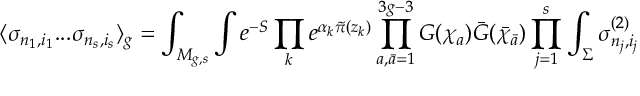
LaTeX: \langle \sigma _ { n _ { 1 } , i _ { 1 } } . . . \sigma _ { n _ { s } , i _ { s } } \rangle _ { g } = \int _ { { \cal M } _ { g , s } } \int e ^ { - S } \prod _ { k } e ^ { \alpha _ { k } { \tilde { \pi } } ( z _ { k } ) } \prod _ { a , { \bar { a } } = 1 } ^ { 3 g - 3 } G ( \chi _ { a } ) { \bar { G } } ( { \bar { \chi } } _ { \bar { a } } ) \prod _ { j = 1 } ^ { s } \int _ { \Sigma } \sigma _ { n _ { j } , i _ { j } } ^ { ( 2 ) }